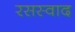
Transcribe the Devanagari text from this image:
रसस्वाद